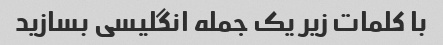
با کلمات زیر یک جمله انگلیسی بسازید